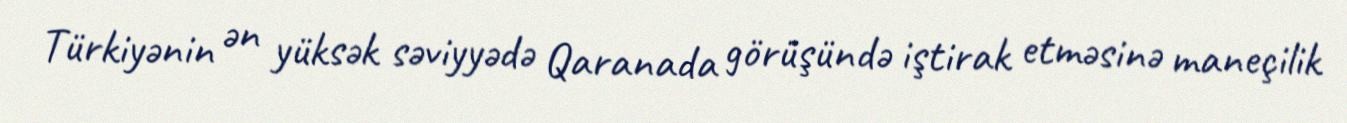
Türkiyənin ən yüksək səviyyədə Qaranada görüşündə iştirak etməsinə maneçilik